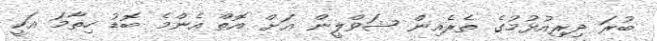
ބުރަ ދިރިއުޅުމުގެ ތެރެއިން ޝަވްލީން އަށް އޮތް އެންމެ ބޮޑު ހިތާމަ އަކީ